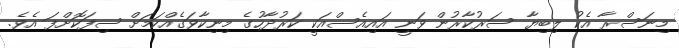
މިނަސްރާ އެކު ލިބިޔާ ސަރުކާރުން ވަނީ އައިއެސްއަކީ ކަރުދާހުގެ މިނިކާވަގެއްކަމަށް ސިފަކޮށްފަ އެވެ.